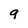
Character: g